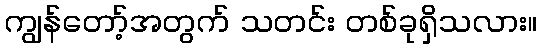
ကျွန်တော့်အတွက် သတင်း တစ်ခုရှိသလား။